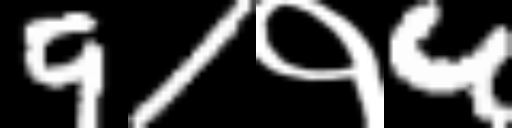
Text: 91१4